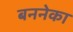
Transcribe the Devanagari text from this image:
बननेका